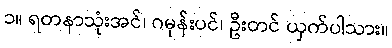
၁။ ရတနာသုံးအင်၊ ဂမုန်းပင်၊ ဦးတင် ယှက်ပါသား။